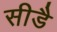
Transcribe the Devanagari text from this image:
सीडै